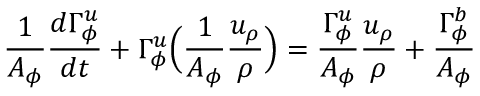
\frac { 1 } { A _ { \phi } } \frac { d \Gamma _ { \phi } ^ { u } } { d t } + \Gamma _ { \phi } ^ { u } \Big ( \frac { 1 } { A _ { \phi } } \frac { u _ { \rho } } { \rho } \Big ) = \frac { \Gamma _ { \phi } ^ { u } } { A _ { \phi } } \frac { u _ { \rho } } { \rho } + \frac { \Gamma _ { \phi } ^ { b } } { A _ { \phi } }